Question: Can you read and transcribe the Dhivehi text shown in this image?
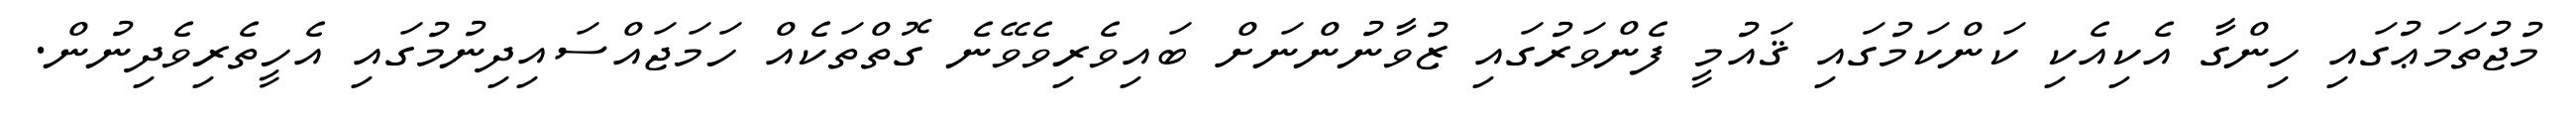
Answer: މުޖުތަމަޢުގައި ހިންގާ އެކިއެކި ކަންކަމުގައި ޤައުމީ ފެންވަރުގައި ޒުވާނުންނަށް ބައިވެރިވެވޭނެ ގޮތްތަކެއް ހަމަޖައްސައިދިނުމުގައި އެހީތެރިވެދިނުން.